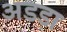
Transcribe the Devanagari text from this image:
अडड़ा